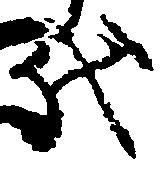
代